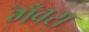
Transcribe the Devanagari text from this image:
गँवरा